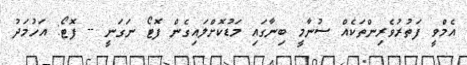
އެމްވީ ފަތުރުވެރިންތަކެއް ސުނާމީ ބިނާގައި މަޑުކޮށްލައިގެން ފޮޓޯ ނަގަނީ -- ފޮޓޯ: އަހުމަދު